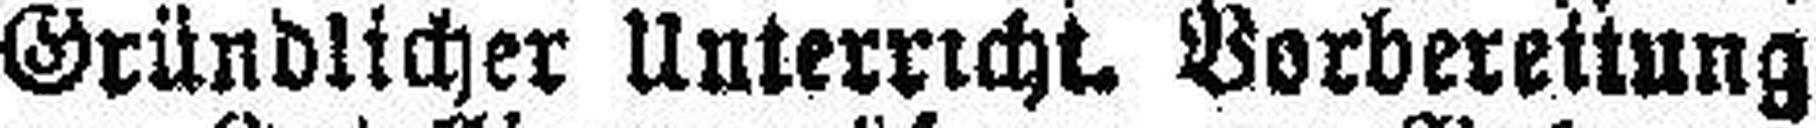
Gründlicher Unterricht. Borberettung